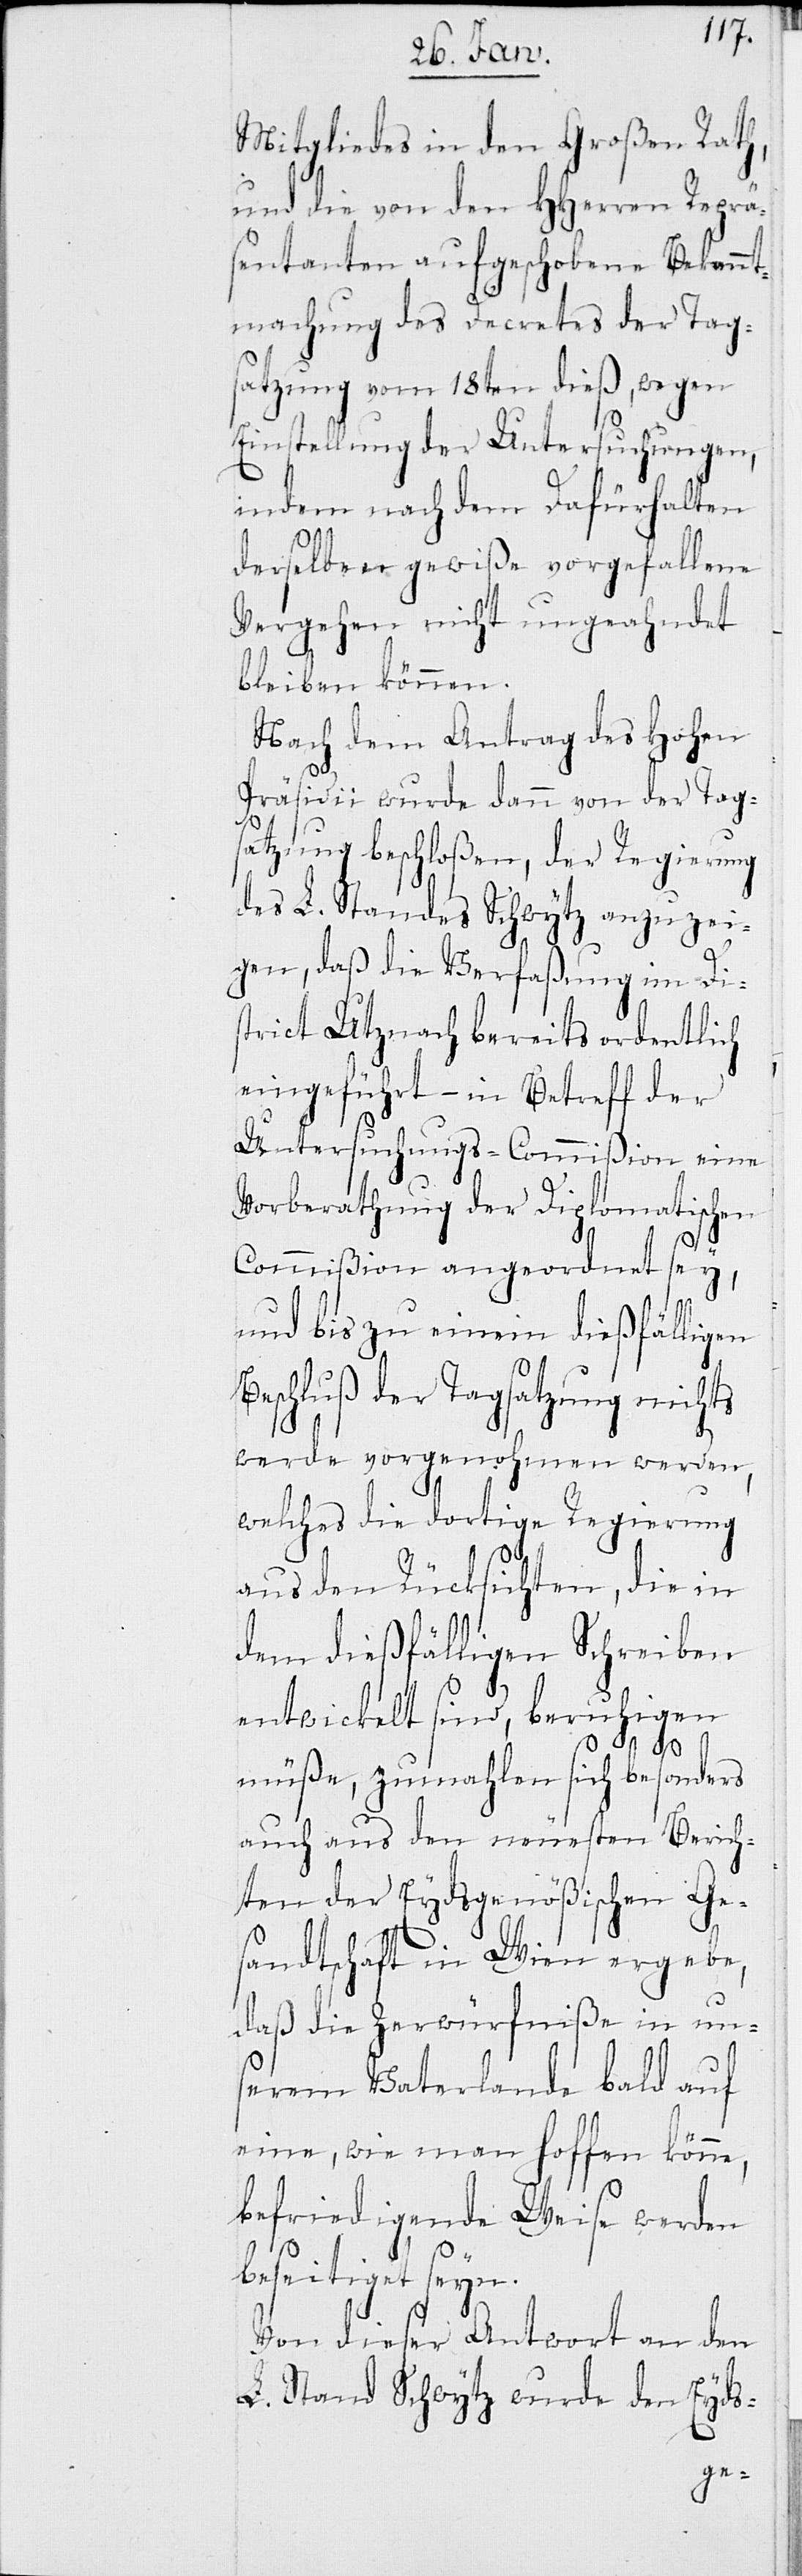
Mitgliedes in den Großen Rath,
und die von den HHerren Reprä¬
sentanten aufgeschobene Bekannt¬
machung des Decretes der Tag¬
satzung vom 18ten dieß, wegen
Einstellung der Untersuchungen,
indem nach dem Dafürhalten
derselben gewiße vorgefallene
Vergehen nicht ungeahndet
bleiben können.
Nach dem Antrag des Hohen
Präsidii wurde dann von der Tag¬
satzung beschloßen, der Regierung
des L. Standes Schwytz anzuzei¬
gen, daß die Verfaßung im Di¬
strict Utznach bereits ordentlich
eingeführt – in Betreff der
Untersuchungs-Commißion eine
Vorberathung der Diplomatischen
Commißion angeordnet sey,
und bis zu einem dießfälligen
Beschluß der Tagsatzung nichts
werde vorgenohmen werden,
welches die dortige Regierung
aus den Rücksichten, die in
dem dießfälligen Schreiben
entwickelt sind, beruhigen
müße, zumahlen sich besonders
auch aus den neuesten Berich¬
ten der Eydsgenößischen Ge¬
sandtschaft in Wien ergebe,
daß die Zerwürfniße in un¬
serem Vaterlande bald auf
eine, wie man hoffen könne,
befriedigende Weise werden
beseitiget seyn.
Von dieser Antwort an den
L. Stand Schwytz wurde den Eyds-